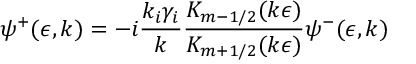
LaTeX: \psi ^ { + } ( \epsilon , k ) = - i \frac { k _ { i } \gamma _ { i } } { k } \frac { K _ { m - 1 / 2 } ( k \epsilon ) } { K _ { m + 1 / 2 } ( k \epsilon ) } \psi ^ { - } ( \epsilon , k )